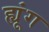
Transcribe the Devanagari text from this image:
ह्यूंग